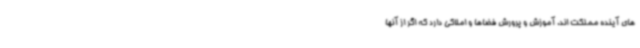
های آینده مملکت اند. آموزش و پرورش فضاها و املاکی دارد که اگر از آنها